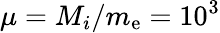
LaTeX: \mu=M_{i}/m_{\mathrm{e}}=10^{3}